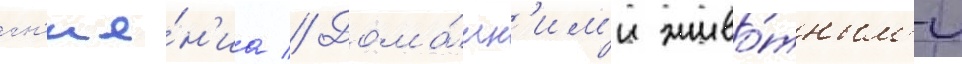
гн'ие́н'иа // Дома́шн'им'и живо́тным'и